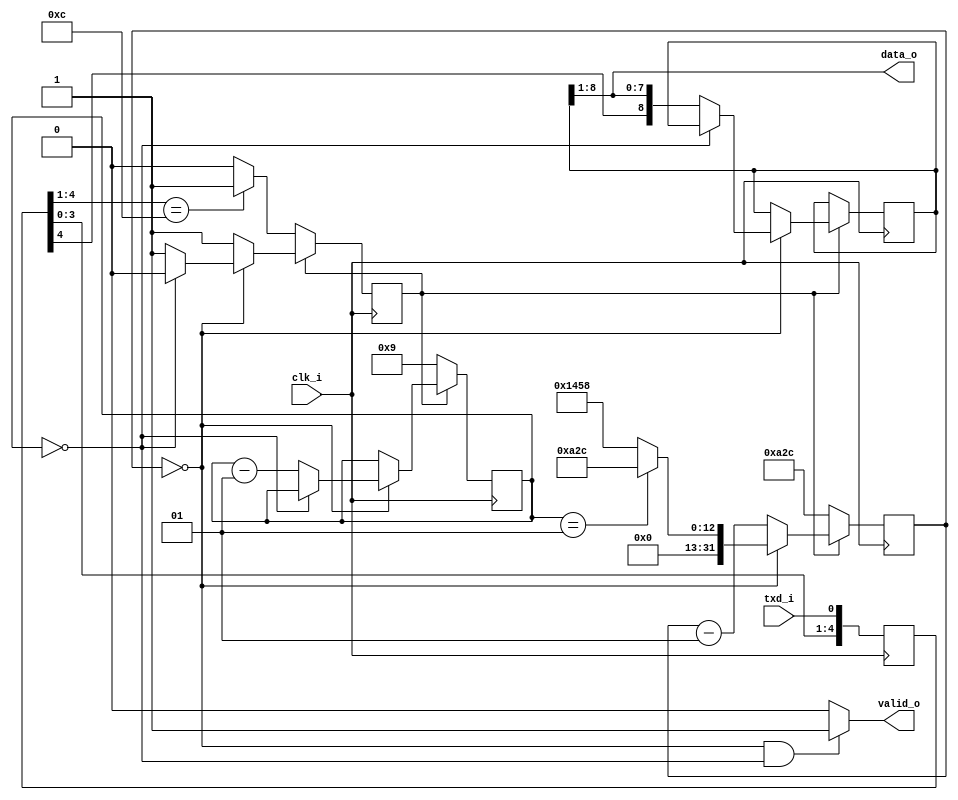
module uart_sim_receiver
#(
  parameter CLOCK_FREQ = 100000000, // clock frequency of <clk_i> in Hz
  parameter BAUD_RATE  = 19200      // target baud rate
)
(
  input  wire       clk_i,  // clock input, triggering on rising edge
  input  wire       txd_i,  // UART transmit data
  output wire [7:0] data_o, // character data
  output wire       valid_o // character data valid when set
);

  // duration of a single bit
  localparam UART_BAUD_VAL = CLOCK_FREQ / BAUD_RATE;

  reg     [4:0] uart_rx_sync; // synchronizer shift register
  reg           uart_rx_busy; // busy flag
  reg     [8:0] uart_rx_sreg; // de-serializer
  integer       uart_rx_baud_cnt; // bit-sample counter for baud rate
  integer       uart_rx_bitcnt; // bit counter: 8 data bits, 1 start bit
  wire    [7:0] char = uart_rx_sreg[8:1]; // character data

  // initialize because we don't have a real reset
  initial begin
    uart_rx_sync = 5'b11111;
    uart_rx_busy = 1'b0;
    uart_rx_sreg = 9'b000000000;
    uart_rx_baud_cnt = UART_BAUD_VAL / 2;
    uart_rx_bitcnt = 0;
  end

  // UART receiver
  always @(posedge clk_i) begin
    // synchronizer
    uart_rx_sync <= {uart_rx_sync[3:0], txd_i};
    // arbiter
    if (!uart_rx_busy) begin // idle
      uart_rx_busy     <= 0;
      uart_rx_baud_cnt <= UART_BAUD_VAL / 2;
      uart_rx_bitcnt   <= 9;
      if (uart_rx_sync[4:1] == 4'b1100) begin // start bit (falling edge)?
        uart_rx_busy <= 1;
      end
    end else begin
      if (uart_rx_baud_cnt == 0) begin
        if (uart_rx_bitcnt == 1) begin
          uart_rx_baud_cnt <= UART_BAUD_VAL / 2;
        end else begin
          uart_rx_baud_cnt <= UART_BAUD_VAL;
        end
        // sample 8 data bits and 1 start bit
        if (uart_rx_bitcnt == 0) begin
          uart_rx_busy <= 1'b0; // done
          if ((char >= 32) && (char <= 127)) begin // is a printable char?
            $write ("%c", char);
          end else if (char == 10) begin // Linux line break?
            $display (""); // force terminal line break
          end
        end else begin
          uart_rx_sreg   <= {uart_rx_sync[4], uart_rx_sreg[8:1]};
          uart_rx_bitcnt <= uart_rx_bitcnt - 1;
        end
      end else begin
        uart_rx_baud_cnt <= uart_rx_baud_cnt - 1;
      end
    end
  end

  // character output
  assign data_o = char; // character data
  assign valid_o = ((uart_rx_baud_cnt == 0) && (uart_rx_bitcnt == 0)) ? 1'b1 : 1'b0; // character valid

endmodule